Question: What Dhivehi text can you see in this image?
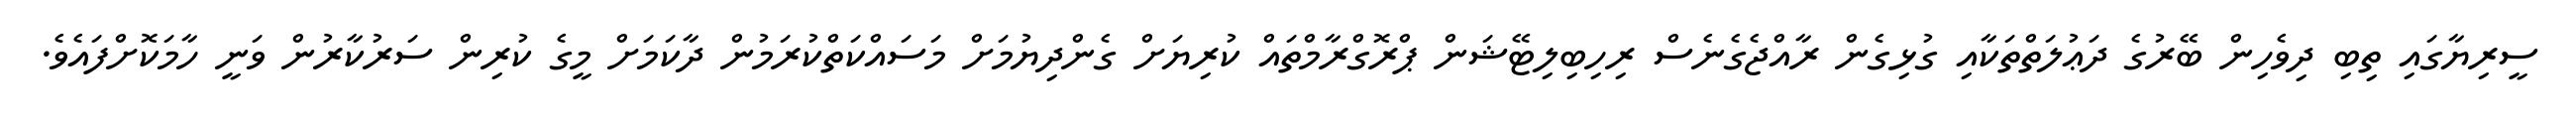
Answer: ސީރިޔާގައި ތިބި ދިވެހިން ބޭރުގެ ދަޢުލަތްތަކާއި ގުޅިގެން ރާއްޖެގެނެސް ރިހިބިލިޓޭޝަން ޕްރޮގްރާމްތައް ކުރިޔަށް ގެންދިޔުމަށް މަސައްކަތްކުރަމުން ދާކަމަށް މީގެ ކުރިން ސަރުކާރުން ވަނީ ހާމަކޮށްފައެވެ.